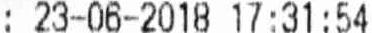
: 23-06-2018 17:31:54